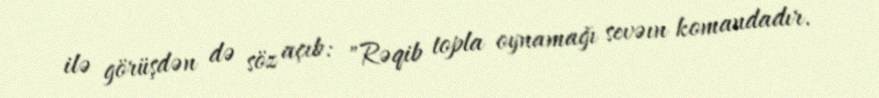
ilə görüşdən də söz açıb: "Rəqib topla oynamağı sevəın komandadır.